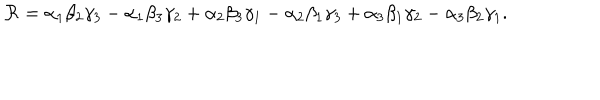
{ \cal R } = \alpha _ { 1 } \beta _ { 2 } \gamma _ { 3 } - \alpha _ { 1 } \beta _ { 3 } \gamma _ { 2 } + \alpha _ { 2 } \beta _ { 3 } \gamma _ { 1 } - \alpha _ { 2 } \beta _ { 1 } \gamma _ { 3 } + \alpha _ { 3 } \beta _ { 1 } \gamma _ { 2 } - \alpha _ { 3 } \beta _ { 2 } \gamma _ { 1 } .